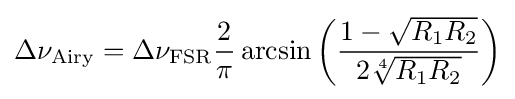
\Delta \nu _{\rm {Airy}}=\Delta \nu _{\rm {FSR}}{\frac {2}{\pi }}\arcsin \left({\frac {1-{\sqrt {R_{1}R_{2}}}}{2{\sqrt[{4}]{R_{1}R_{2}}}}}\right)